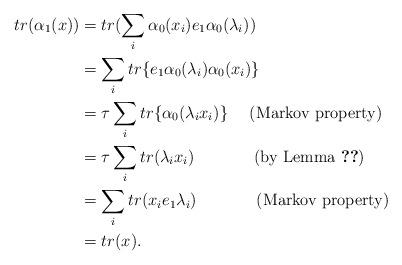
LaTeX: \begin{align*} tr(\alpha_1(x)) & = tr(\sum_i\alpha_0(x_i)e_1\alpha_0(\lambda_i))\\ & = \sum_i tr \{e_1\alpha_0(\lambda_i) \alpha_0(x_i)\}\\ & = \tau\sum_i tr\{\alpha_0(\lambda_ix_i)\} ~~~~(\textrm{Markov property})\\ &= \tau\sum_itr(\lambda_ix_i)~~~~~~~~~~~(\textrm{by~Lemma}~\ref{kod})\\ & = \sum_itr(x_ie_1\lambda_i)~~~~~~~~~~~(\textrm{Markov~property})\\ &= tr(x). \end{align*}